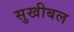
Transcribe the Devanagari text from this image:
सुखीबल